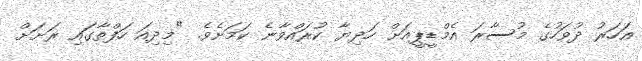
އަހަރު ދުވަހުގެ މުސާރަ އެމްޑީޕީއަށް ހަދިޔާ ކުރައްވާނެ ކަމަށެވެ. "މިދިއަ ހަފްތާގައި ރަށަށް